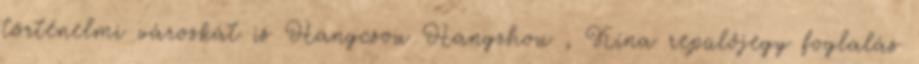
történelmi városkát is Hangcsou Hangzhou , Kína repülőjegy foglalás